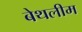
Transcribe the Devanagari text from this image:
बेथलीम